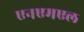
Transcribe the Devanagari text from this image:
एनएमएल